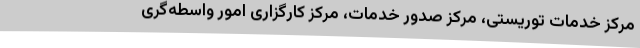
مرکز خدمات توریستی، مرکز صدور خدمات، مرکز کارگزاری امور واسطه‌گری